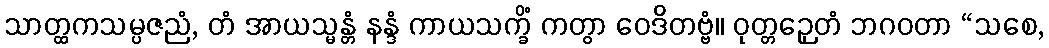
သာတ္ထကသမ္ပဇညံ, တံ အာယသ္မန္တံ နန္ဒံ ကာယသက္ခိံ ကတွာ ဝေဒိတဗ္ဗံ။ ဝုတ္တဉှေတံ ဘဂဝတာ “သစေ,